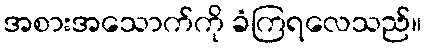
အစားအသောက်ကို ခံကြရလေသည်။